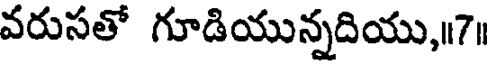
వరుసతో గూడియున్నదియు,॥7।